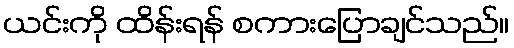
ယင်းကို ထိန်းရန် စကားပြောချင်သည်။